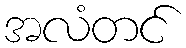
အလံတင်